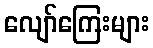
လျော်ကြေးများ